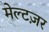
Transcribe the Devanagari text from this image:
मेल्टज़र